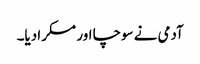
آدمی نے سوچا اور مسکرا دیا۔